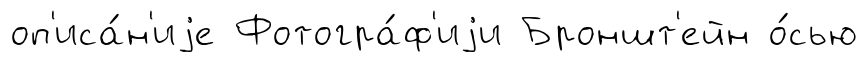
оп'иса́н'иjе Фотогра́ф'иjи Броншт'ейн о́сью